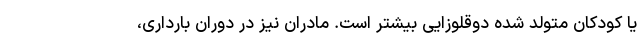
یا کودکان متولد شده دوقلوزایی بیشتر است. مادران نیز در دوران بارداری،